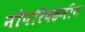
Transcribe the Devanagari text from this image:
नौपरिवहनीय